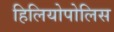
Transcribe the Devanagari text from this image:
हिलियोपोलिस